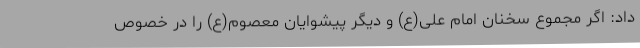
داد: اگر مجموع سخنان امام علی(ع) و دیگر پیشوایان معصوم(ع) را در خصوص